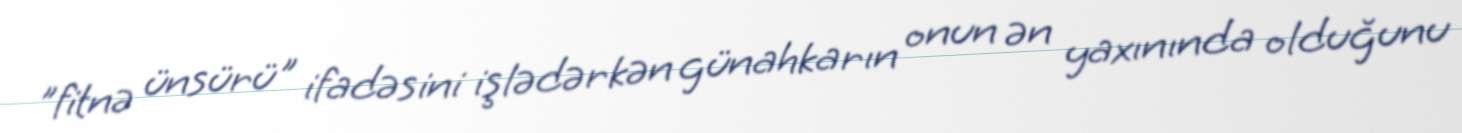
”fitnə ünsürü" ifadəsini işlədərkən günahkarın onun ən yaxınında olduğunu